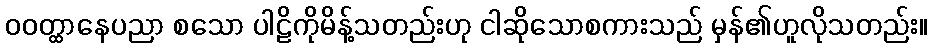
ဝဝတ္ထာနေပညာ စသော ပါဠိကိုမိန့်သတည်းဟု ငါဆိုသောစကားသည် မှန်၏ဟူလိုသတည်း။